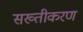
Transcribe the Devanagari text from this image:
सख्तीकरण